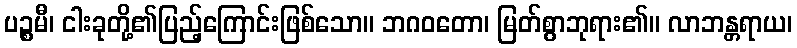
ပဉ္စမီ၊ ငါးခုတို့၏ပြည့်ကြောင်းဖြစ်သော။ ဘဂဝတော၊ မြတ်စွာဘုရား၏။ လာဘန္တရာယ၊